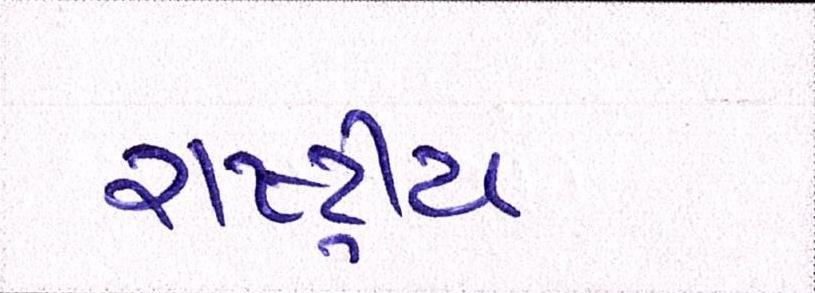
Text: રાષ્ટ્રીય